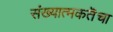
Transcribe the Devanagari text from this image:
संख्यात्मकतॆचा